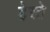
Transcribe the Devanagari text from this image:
हेरते